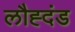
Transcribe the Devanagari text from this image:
लौह्दंड